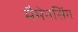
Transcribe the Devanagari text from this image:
मैमेनसिंग